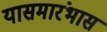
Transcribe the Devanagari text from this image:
यासमारंभास